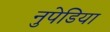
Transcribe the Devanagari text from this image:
नुपेडिया